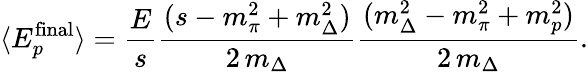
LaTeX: \langle E_{p}^{\mathrm{final}}\rangle=\frac{E}{s}\frac{(s-m_{\pi}^{2}+m_{\Delta}^{2})}{2\, m_{\Delta}}\frac{(m_{\Delta}^{2}-m_{\pi}^{2}+m_{p}^{2})}{2\, m_{\Delta}}.